Indian journal of veterinary science and animal husbandry - Volume 4,
Year: 1934
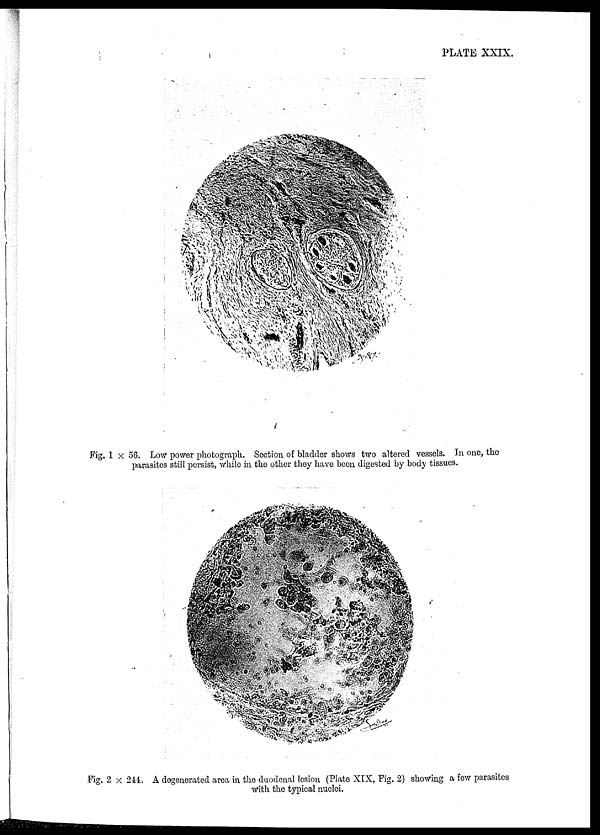
PLATE XXIX.
Fig. 1 × 56. Low power photograph. Section, of bladder shows two altered vessels. In one, the
parasites still persist, while in the other they have been digested by body tissues.
Fig. 2 × 244. A degenerated area in the duodenal lesion (Plate XIX, Fig. 2) showing a few parasites
With the typical nuclei.